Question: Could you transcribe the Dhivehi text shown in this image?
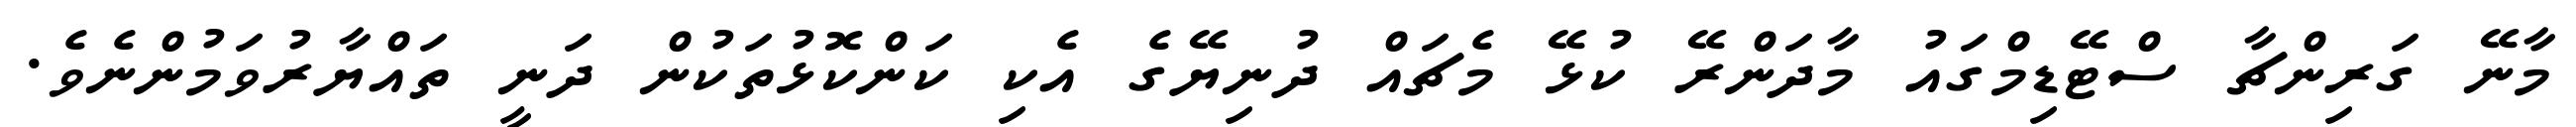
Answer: މާނޭ ގަރިންޗާ ސްޓޭޑިމްގައު މާދަންރޭ ކުޅޭ މެޗައް ދުނިޔޭގެ އެކި ކަންކޮޅުތަކުން ދަނީ ތައްޔާރުވަމުންނެވެ.